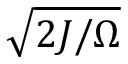
\sqrt { 2 J / \Omega }